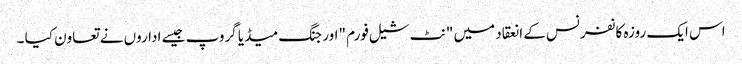
اس ایک روزہ کانفرنس کے انعقاد میں "نٹ شیل فورم "اور جنگ میڈیا گروپ جیسے اداروں نے تعاون کیا ۔